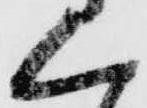
く